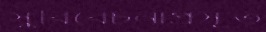
সুবিবেচনাপ্রসূত